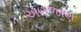
અણજાણ